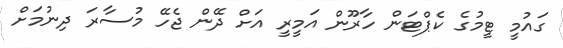
ގައުމީ ޓީމުގެ ކެޕްޓަން ހާރޫން އަމީރީ އަށް ދޭން ޖެހޭ މުސާރަ ދިނުމަށް